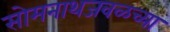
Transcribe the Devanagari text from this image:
सोमनाथजवळच्या